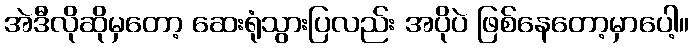
အဲဒီလိုဆိုမှတော့ ဆေးရုံသွားပြလည်း အပိုပဲ ဖြစ်နေတော့မှာပေါ့။